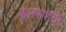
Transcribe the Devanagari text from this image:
कारणशरीर